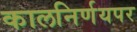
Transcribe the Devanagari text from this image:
कालनिर्णयपर